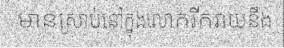
មានស្រាប់នៅក្នុងលោករីករាយនឹង